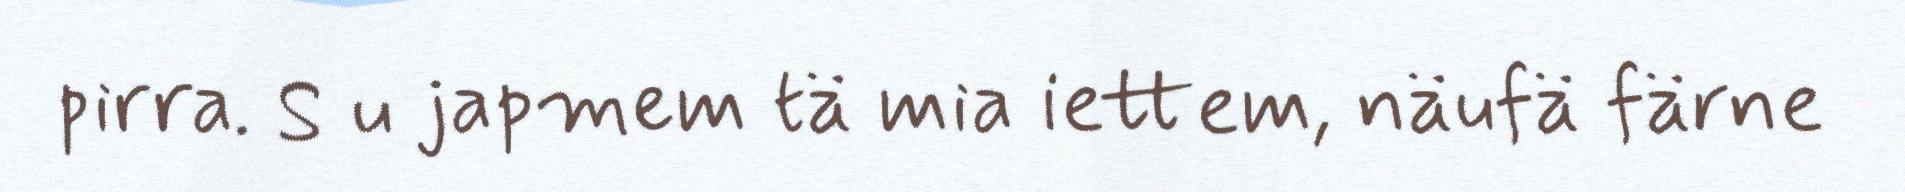
pirra. S u japmem tä mia iettem, näufä färne